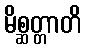
မိစ္ဆတ္တာတိ